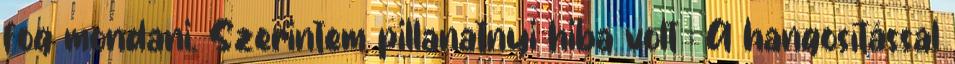
fog mondani. Szerintem pillanatnyi hiba volt : A hangosítással